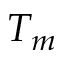
T _ { m }